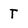
Character: T